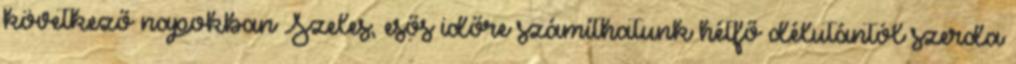
következő napokban Szeles, esős időre számíthatunk hétfő délutántól szerda